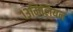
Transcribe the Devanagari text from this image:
१३मिलियन